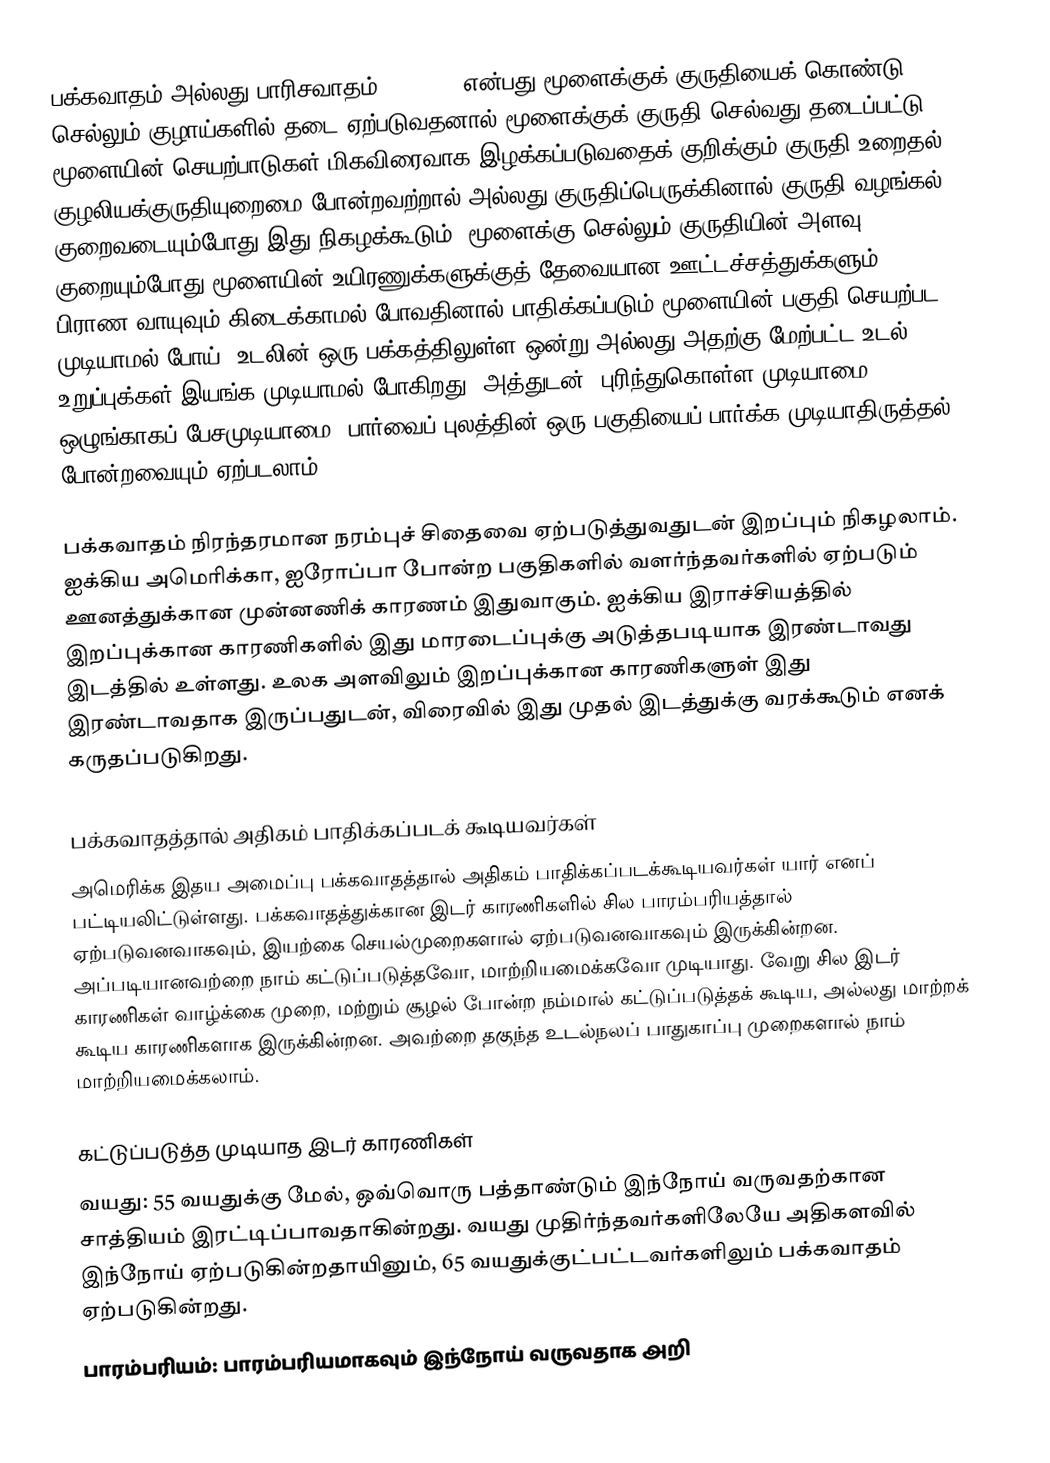
பக்கவாதம் அல்லது பாரிசவாதம் (stroke) என்பது மூளைக்குக் குருதியைக் கொண்டு செல்லும் குழாய்களில் தடை ஏற்படுவதனால் மூளைக்குக் குருதி செல்வது தடைப்பட்டு மூளையின் செயற்பாடுகள் மிகவிரைவாக இழக்கப்படுவதைக் குறிக்கும் குருதி உறைதல், குழலியக்குருதியுறைமை போன்றவற்றால் அல்லது குருதிப்பெருக்கினால் குருதி வழங்கல் குறைவடையும்போது இது நிகழக்கூடும். மூளைக்கு செல்லும் குருதியின் அளவு குறையும்போது மூளையின் உயிரணுக்களுக்குத் தேவையான ஊட்டச்சத்துக்களும், பிராண வாயுவும் கிடைக்காமல் போவதினால் பாதிக்கப்படும் மூளையின் பகுதி செயற்பட முடியாமல் போய், உடலின் ஒரு பக்கத்திலுள்ள ஒன்று அல்லது அதற்கு மேற்பட்ட உடல் உறுப்புக்கள் இயங்க முடியாமல் போகிறது. அத்துடன், புரிந்துகொள்ள முடியாமை, ஒழுங்காகப் பேசமுடியாமை, பார்வைப் புலத்தின் ஒரு பகுதியைப் பார்க்க முடியாதிருத்தல் போன்றவையும் ஏற்படலாம்.

பக்கவாதம் நிரந்தரமான நரம்புச் சிதைவை ஏற்படுத்துவதுடன் இறப்பும் நிகழலாம். ஐக்கிய அமெரிக்கா, ஐரோப்பா போன்ற பகுதிகளில் வளர்ந்தவர்களில் ஏற்படும் ஊனத்துக்கான முன்னணிக் காரணம் இதுவாகும். ஐக்கிய இராச்சியத்தில் இறப்புக்கான காரணிகளில் இது மாரடைப்புக்கு அடுத்தபடியாக இரண்டாவது இடத்தில் உள்ளது. உலக அளவிலும் இறப்புக்கான காரணிகளுள் இது இரண்டாவதாக இருப்பதுடன், விரைவில் இது முதல் இடத்துக்கு வரக்கூடும் எனக் கருதப்படுகிறது.

பக்கவாதத்தால் அதிகம் பாதிக்கப்படக் கூடியவர்கள்
அமெரிக்க இதய அமைப்பு  பக்கவாதத்தால் அதிகம் பாதிக்கப்படக்கூடியவர்கள் யார் எனப் பட்டியலிட்டுள்ளது. பக்கவாதத்துக்கான இடர் காரணிகளில் சில பாரம்பரியத்தால் ஏற்படுவனவாகவும், இயற்கை செயல்முறைகளால் ஏற்படுவனவாகவும் இருக்கின்றன. அப்படியானவற்றை நாம் கட்டுப்படுத்தவோ, மாற்றியமைக்கவோ முடியாது. வேறு சில இடர் காரணிகள் வாழ்க்கை முறை, மற்றும் சூழல் போன்ற நம்மால் கட்டுப்படுத்தக் கூடிய, அல்லது மாற்றக் கூடிய காரணிகளாக இருக்கின்றன. அவற்றை தகுந்த உடல்நலப் பாதுகாப்பு முறைகளால் நாம் மாற்றியமைக்கலாம்.

கட்டுப்படுத்த முடியாத இடர் காரணிகள்
வயது: 55 வயதுக்கு மேல், ஒவ்வொரு பத்தாண்டும் இந்நோய் வருவதற்கான சாத்தியம் இரட்டிப்பாவதாகின்றது. வயது முதிர்ந்தவர்களிலேயே அதிகளவில் இந்நோய் ஏற்படுகின்றதாயினும், 65 வயதுக்குட்பட்டவர்களிலும் பக்கவாதம் ஏற்படுகின்றது.
பாரம்பரியம்: பாரம்பரியமாகவும் இந்நோய் வருவதாக அறி